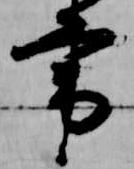
書